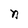
Character: n